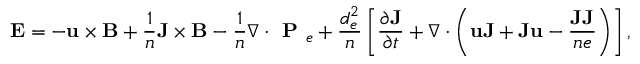
\mathbf { E } = - \mathbf { u } \times \mathbf { B } + \frac { 1 } { n } \mathbf { J } \times \mathbf { B } - \frac { 1 } { n } \nabla \cdot \textbf { P } _ { e } + \frac { d _ { e } ^ { 2 } } { n } \left[ \frac { \partial \mathbf { J } } { \partial t } + \nabla \cdot \left( \mathbf { u } \mathbf { J } + \mathbf { J } \mathbf { u } - \frac { \mathbf { J } \mathbf { J } } { n e } \right) \right] ,